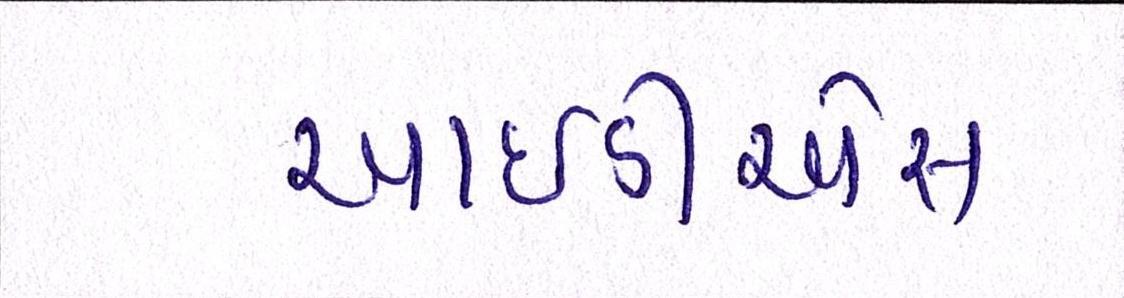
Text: આઇડીએસ